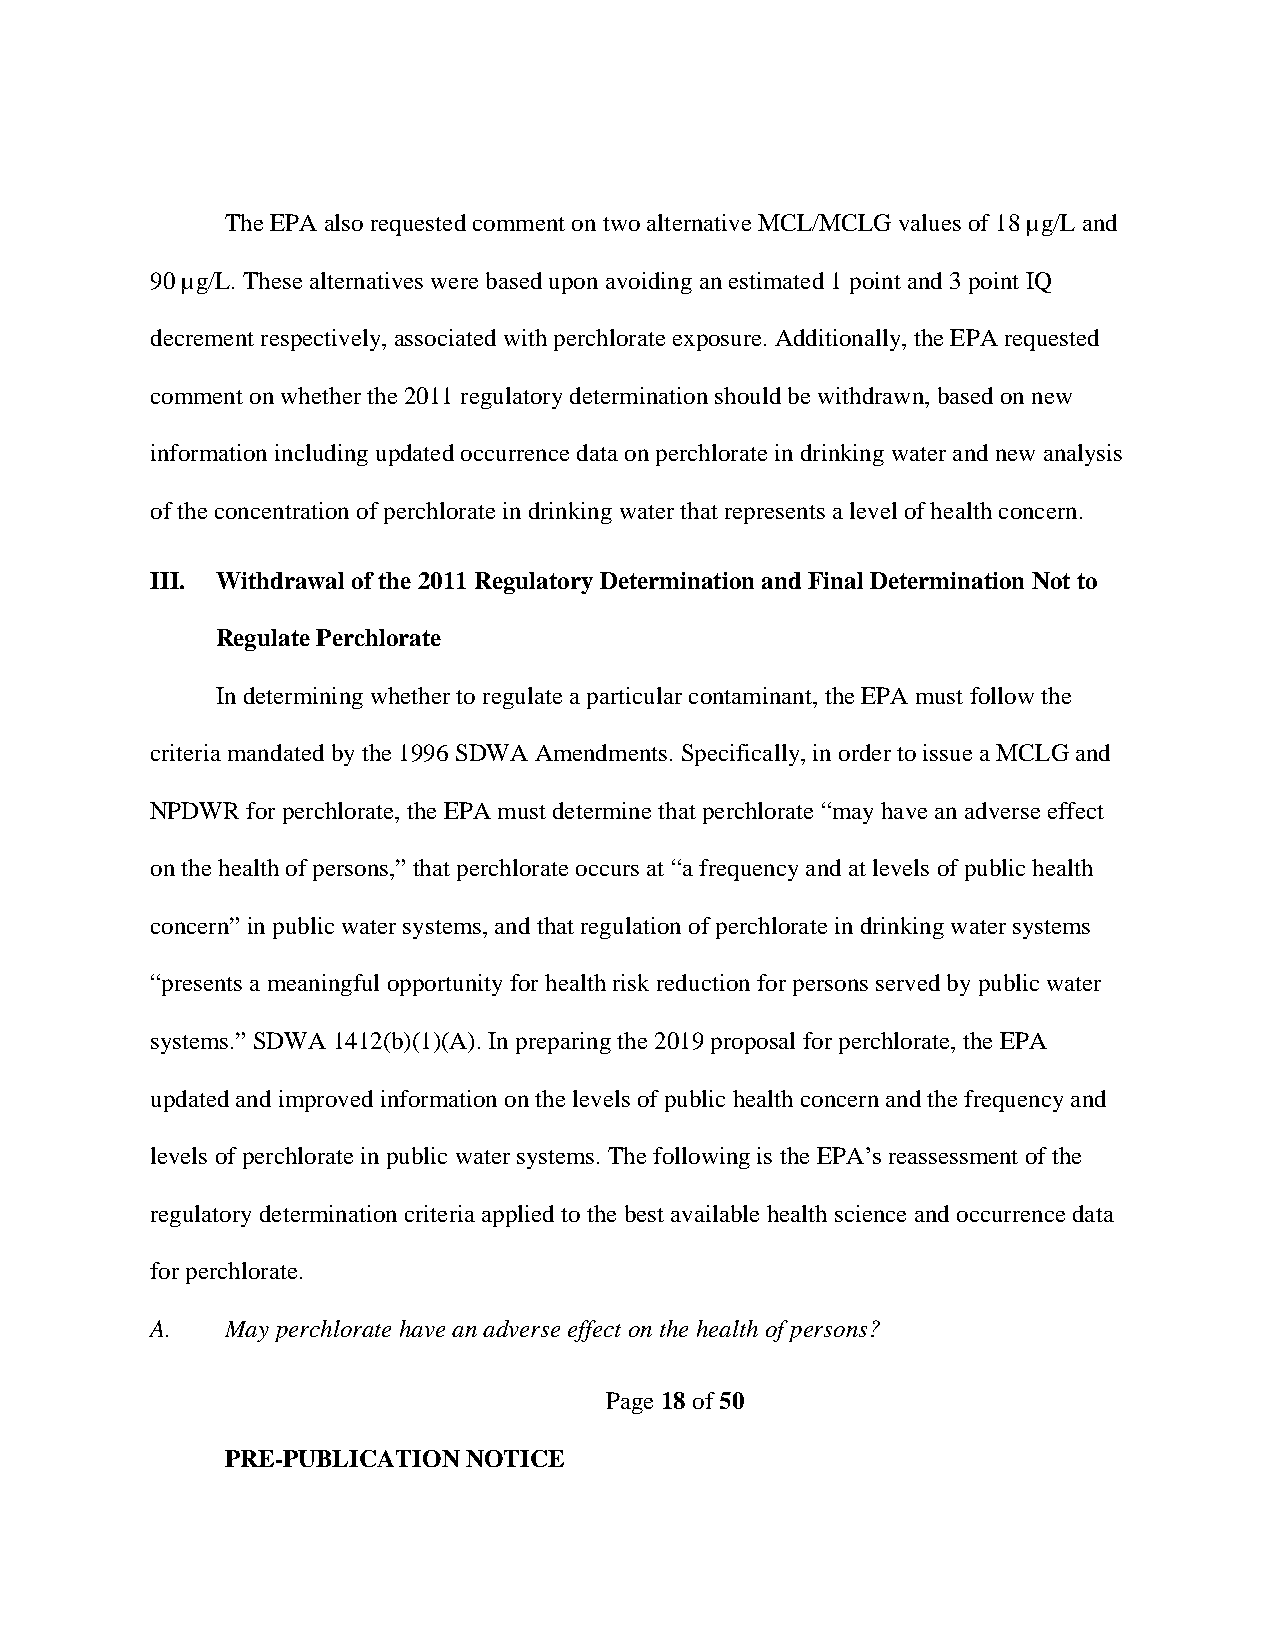
The EPA also requested comment on two alternative MCL/MCLG values of 18 µg/L and
 90 µg/L. These alternatives were based upon avoiding an estimated 1 point and 3 point IQ
 decrement respectively, associated with perchlorate exposure. Additionally, the EPA requested
 comment on whether the 2011 regulatory determination should be withdrawn, based on new
 information including updated occurrence data on perchlorate in drinking water and new analysis
 of the concentration of perchlorate in drinking water that represents a level of health concern.
 III. Withdrawal of the 2011 Regulatory Determination and Final Determination Not to
 Regulate Perchlorate
 In determining whether to regulate a particular contaminant, the EPA must follow the
 criteria mandated by the 1996 SDWA Amendments. Specifically, in order to issue a MCLG and
 NPDWR for perchlorate, the EPA must determine that perchlorate “may have an adverse effect
 on the health of persons,” that perchlorate occurs at “a frequency and at levels of public health
 concern” in public water systems, and that regulation of perchlorate in drinking water systems
 “presents a meaningful opportunity for health risk reduction for persons served by public water
 systems.” SDWA 1412(b)(1)(A). In preparing the 2019 proposal for perchlorate, the EPA
 updated and improved information on the levels of public health concern and the frequency and
 levels of perchlorate in public water systems. The following is the EPA’s reassessment of the
 regulatory determination criteria applied to the best available health science and occurrence data
 for perchlorate.
 A.   May perchlorate have an adverse effect on the health of persons?
 Page 18 of 50
 PRE-PUBLICATION NOTICE